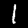
Digit: 1